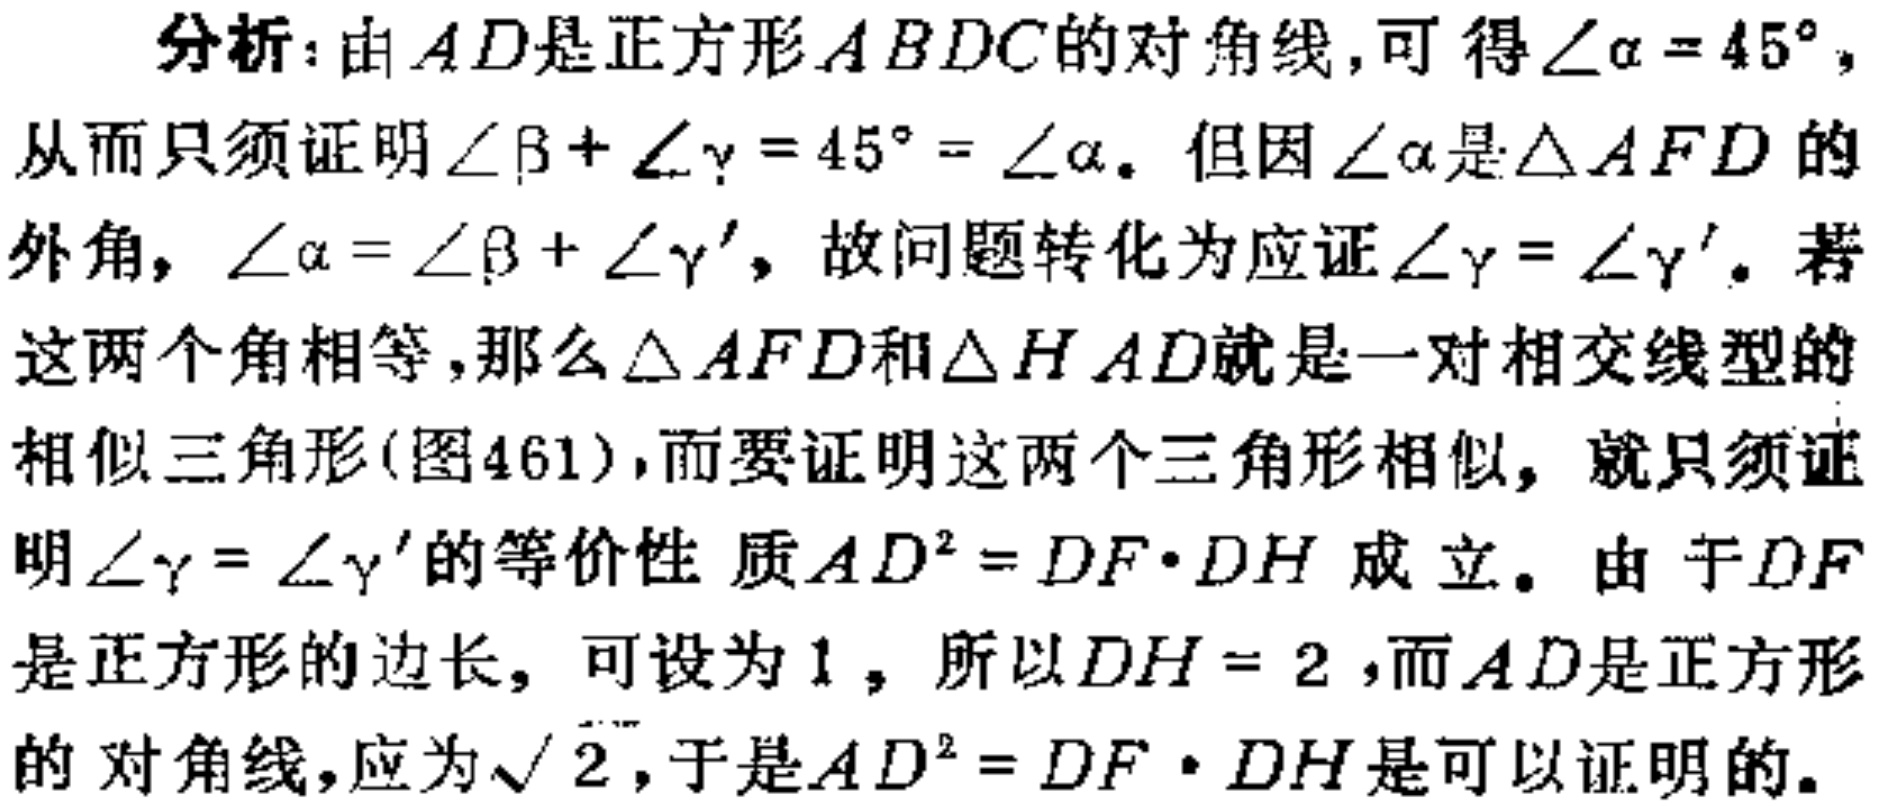
分析：由\(AD\)是正方形\(ABDC\)的对角线，可得\(\angle\alpha = 45^{\circ}\)，从而只须证明\(\angle\beta+\angle\gamma = 45^{\circ}=\angle\alpha\)。但因\(\angle\alpha\)是\(\triangle AFD\)的外角，\(\angle\alpha=\angle\beta+\angle\gamma'\)，故问题转化为应证\(\angle\gamma=\angle\gamma'\)。若这两个角相等，那么\(\triangle AFD\)和\(\triangle HAD\)就是一对相交线型的相似三角形(图461)，而要证明这两个三角形相似，就只须证明\(\angle\gamma=\angle\gamma'\)的等价性质\(AD^{2}=DF\cdot DH\)成立。由于\(DF\)是正方形的边长，可设为\(1\)，所以\(DH = 2\)，而\(AD\)是正方形的对角线，应为\(\sqrt{2}\)，于是\(AD^{2}=DF\cdot DH\)是可以证明的。